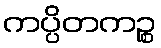
ကပ္ပိတကဉ္စ